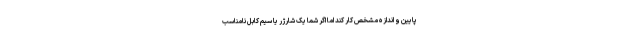
پایین و اندازه مشخص کار کند اما اگر شما یک شارژر یا سیم کابل نامناسب